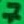
Text: 7